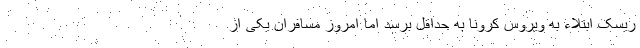
ریسک ابتلاء به ویروس کرونا به حداقل برسد اما امروز مسافران یکی از